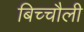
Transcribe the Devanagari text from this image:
बिच्चौली